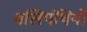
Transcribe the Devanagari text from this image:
बलिपंथियों